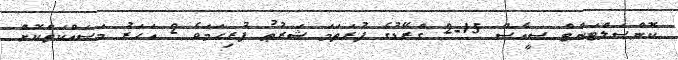
ކޮންސަލްޓަންޓް ސީއެސް 15-2 ގްރޭޑުގެ ފުރަތަމަ ޝަރުޠު ފުރިހަމަވެ 2 އަހަރު މަސައްކަތްކޮށް